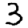
Digit: 3